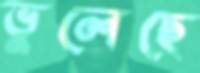
ভুলেছে